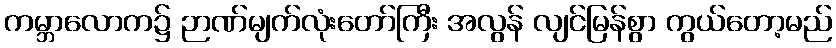
ကမ္ဘာလောက၌ ဉာဏ်မျက်လုံးတော်ကြီး အလွန် လျင်မြန်စွာ ကွယ်တော့မည်